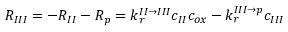
R _ { I I I } = - R _ { I I } - R _ { p } = k _ { r } ^ { I I \rightarrow I I I } c _ { I I } c _ { o x } - k _ { r } ^ { I I I \rightarrow p } c _ { I I I }